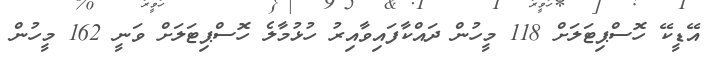
އޭޑީކޭ ހޮސްޕިޓަލަށް 118 މީހުން ދައްކާފައިވާއިރު ހުޅުމާލެ ހޮސްޕިޓަލަށް ވަނީ 162 މީހުން